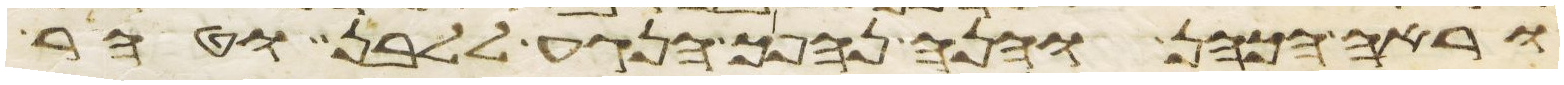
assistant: וראה הכהן והנה נהפך הנגע ללבן וטהר